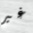
غير